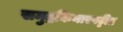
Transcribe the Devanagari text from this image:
समुद्रकिनारपट्टीत